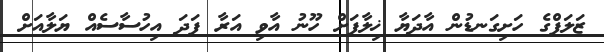
ޒަލަފްގެ ހަށިގަނޑުން އާދަޔާ ޚިލާފަށް ހޫނު އާވި އަރާ ފަދަ އިހުސާސެއް ޔަލާއަށް